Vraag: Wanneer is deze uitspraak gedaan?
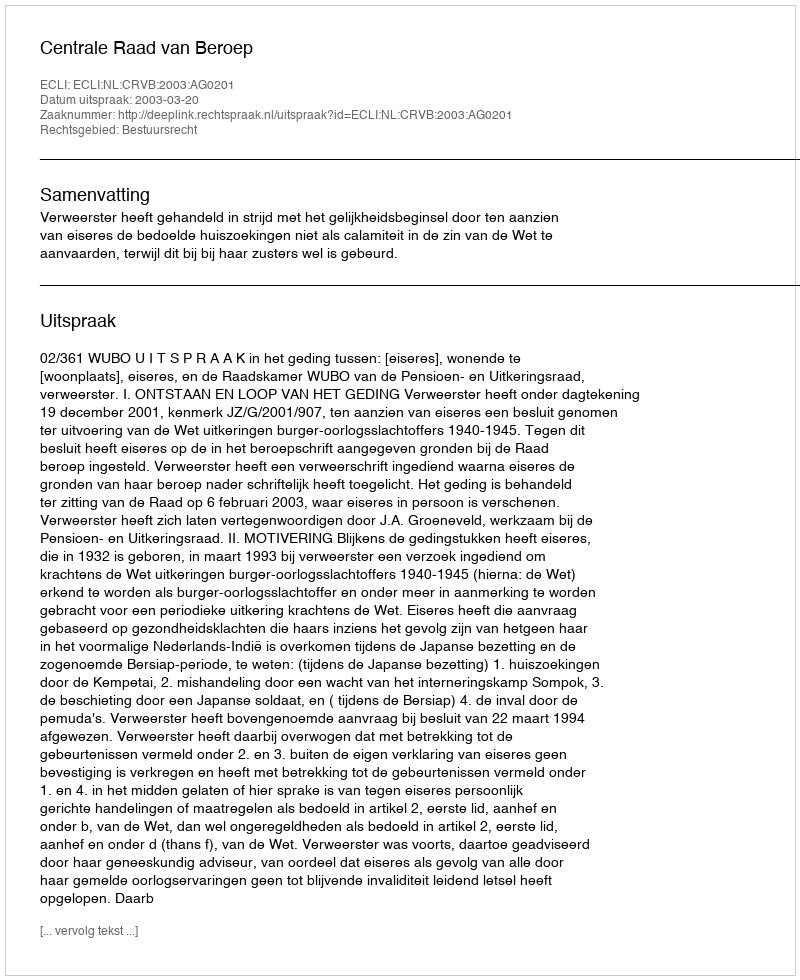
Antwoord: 2003-03-20